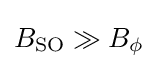
B_{\text{SO}}\gg B_{\phi }